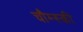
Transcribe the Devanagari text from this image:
चौम्स्की